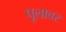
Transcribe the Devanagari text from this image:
पूलावर